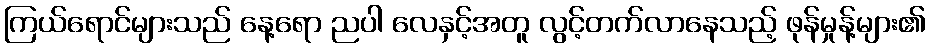
ကြယ်ရောင်များသည် နေ့ရော ညပါ လေနှင့်အတူ လွင့်တက်လာနေသည့် ဖုန်မှုန့်များ၏